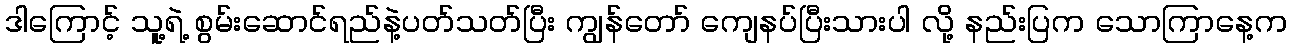
ဒါကြောင့် သူ့ရဲ့ စွမ်းဆောင်ရည်နဲ့ပတ်သတ်ပြီး ကျွန်တော် ကျေနပ်ပြီးသားပါ လို့ နည်းပြက သောကြာနေ့က